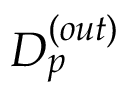
D _ { p } ^ { ( o u t ) }